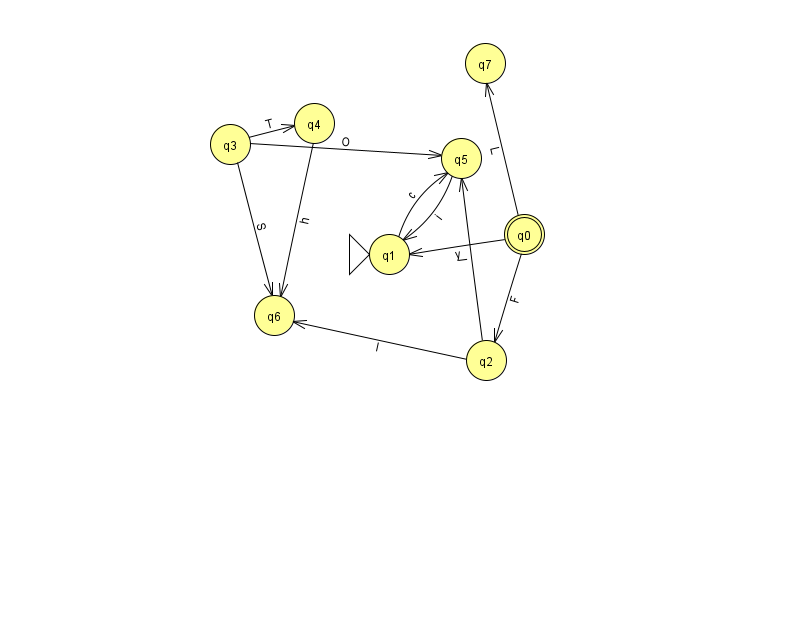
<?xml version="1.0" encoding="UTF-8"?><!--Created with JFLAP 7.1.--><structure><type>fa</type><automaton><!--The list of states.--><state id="0" name="q0"><x>524.0</x><y>221.0</y><final/></state><state id="1" name="q1"><x>389.0</x><y>241.0</y><initial/></state><state id="2" name="q2"><x>486.0</x><y>347.0</y></state><state id="3" name="q3"><x>230.0</x><y>131.0</y></state><state id="4" name="q4"><x>314.0</x><y>110.0</y></state><state id="5" name="q5"><x>461.0</x><y>145.0</y></state><state id="6" name="q6"><x>274.0</x><y>302.0</y></state><state id="7" name="q7"><x>485.0</x><y>50.0</y></state><!--The list of transitions.--><transition><from>0</from><to>2</to><read>F</read></transition><transition><from>2</from><to>6</to><read>I</read></transition><transition><from>0</from><to>1</to><read>y</read></transition><transition><from>1</from><to>5</to><read>c</read></transition><transition><from>2</from><to>5</to><read>I</read></transition><transition><from>3</from><to>5</to><read>O</read></transition><transition><from>0</from><to>7</to><read>L</read></transition><transition><from>3</from><to>6</to><read>S</read></transition><transition><from>4</from><to>6</to><read>h</read></transition><transition><from>3</from><to>4</to><read>T</read></transition><transition><from>5</from><to>1</to><read>i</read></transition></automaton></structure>